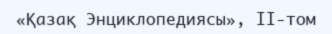
«Қазақ Энциклопедиясы», II-том